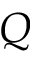
Q